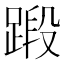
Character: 𫏗